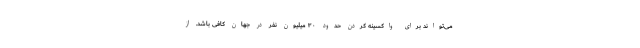
می‌تواند برای واکسینه کردن حدود ۳۰ میلیون نفر در جهان کافی باشد. از